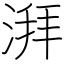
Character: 湃